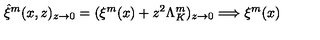
\hat { \xi } ^ { m } ( x , z ) _ { z \rightarrow 0 } = ( \xi ^ { m } ( x ) + z ^ { 2 } \Lambda _ { K } ^ { m } ) _ { z \rightarrow 0 } \Longrightarrow \xi ^ { m } ( x ) \,